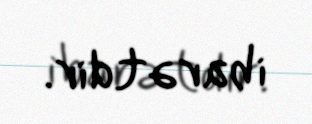
ibarətdir.